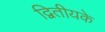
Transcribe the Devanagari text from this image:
द्वितीयके